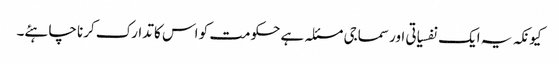
کیونکہ یہ ایک نفسیاتی اور سماجی مسئلہ ہے حکومت کو اس کا تدارک کرنا چاہئے۔